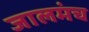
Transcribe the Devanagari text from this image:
जालमंच